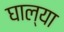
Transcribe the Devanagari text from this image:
घाल्या